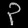
Digit: ၃